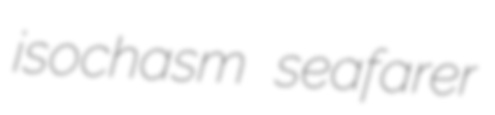
isochasm seafarer